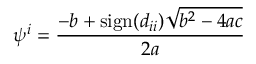
\psi ^ { i } = \frac { - b + \mathrm { s i g n } ( d _ { i i } ) \sqrt { b ^ { 2 } - 4 a c } } { 2 a }